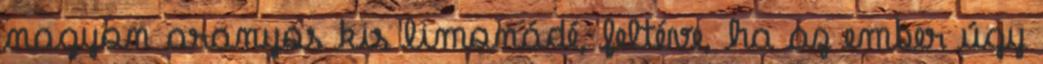
nagyon aranyos kis limonádé, feltéve, ha az ember úgy